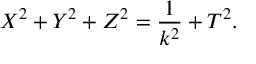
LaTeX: X ^ { 2 } + Y ^ { 2 } + Z ^ { 2 } = { \frac { 1 } { { k } ^ { 2 } } } + T ^ { 2 } .